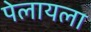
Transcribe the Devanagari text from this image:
पेलायला